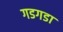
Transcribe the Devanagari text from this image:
गडगडा